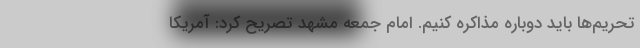
تحریم‌ها باید دوباره مذاکره کنیم.‌ امام جمعه مشهد تصریح کرد: آمریکا